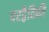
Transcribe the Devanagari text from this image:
परद्वैतिकी